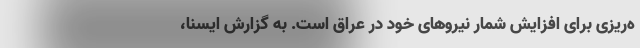
ه‌ریزی برای افزایش شمار نیروهای خود در عراق است. به گزارش ایسنا،